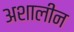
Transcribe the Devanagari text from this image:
अशालीन